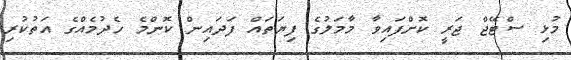
މުޅި ސްޓޭޖް ޖަރީ ކޮށްފައިވާ މާމަލުގެ ފިޔަތައް ފަދައިން ކޮންމެ ހެދުމެއްގެ އަތުކުރި